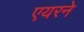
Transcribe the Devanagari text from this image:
एयरने